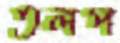
তলপ